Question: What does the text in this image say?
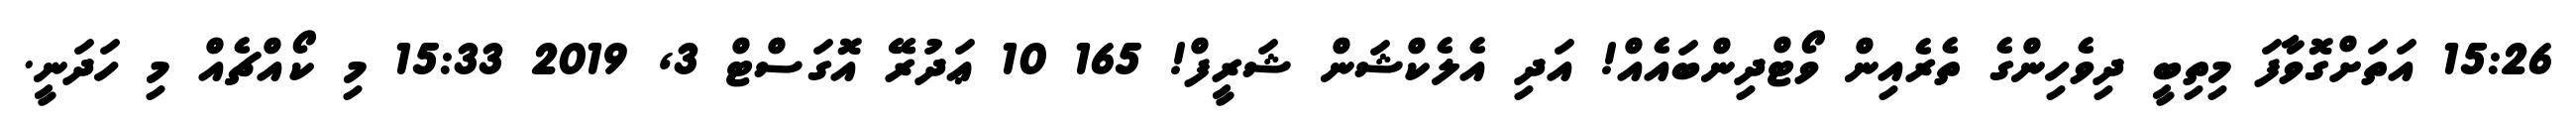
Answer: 15:26 އަތަށްގޮވާފަ މިތިބީ ދިވެހިންގެ ތެރެއިން ވޯޓްދިންބައެއް! އަދި އެލެކްޝަން ޝަރީފް! 165 10 ޢަދުރޭ އޮގަސްޓް 3, 2019 15:33 މި ކޯއްޗެއް މި ހަދަނީ.